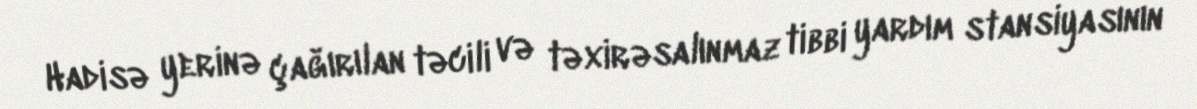
Hadisə yerinə çağırılan təcili və təxirəsalınmaz tibbi yardım stansiyasının